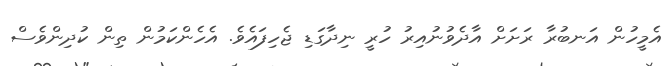
އެމީހުން އަނބުރާ ރަށަށް އާދެވުނުއިރު ހުރީ ނިދާގަޑި ޖެހިފައެވެ. އެހެންކަމުން ތިން ކުދިންވެސް